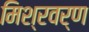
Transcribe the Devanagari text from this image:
मिश्रवर्ण